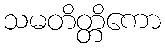
သမတိတ္တိကော